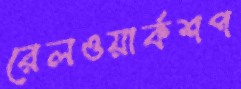
রেলওয়ার্কশপ